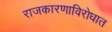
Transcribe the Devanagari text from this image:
राजकारणाविरोधात